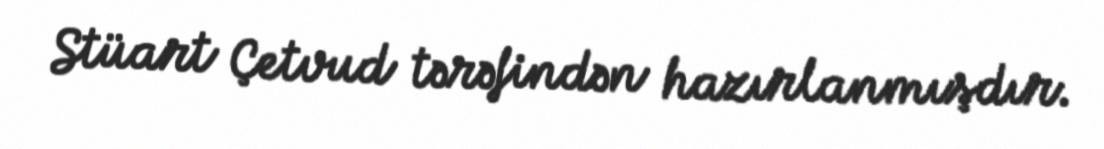
Stüart Çetvud tərəfindən hazırlanmışdır.